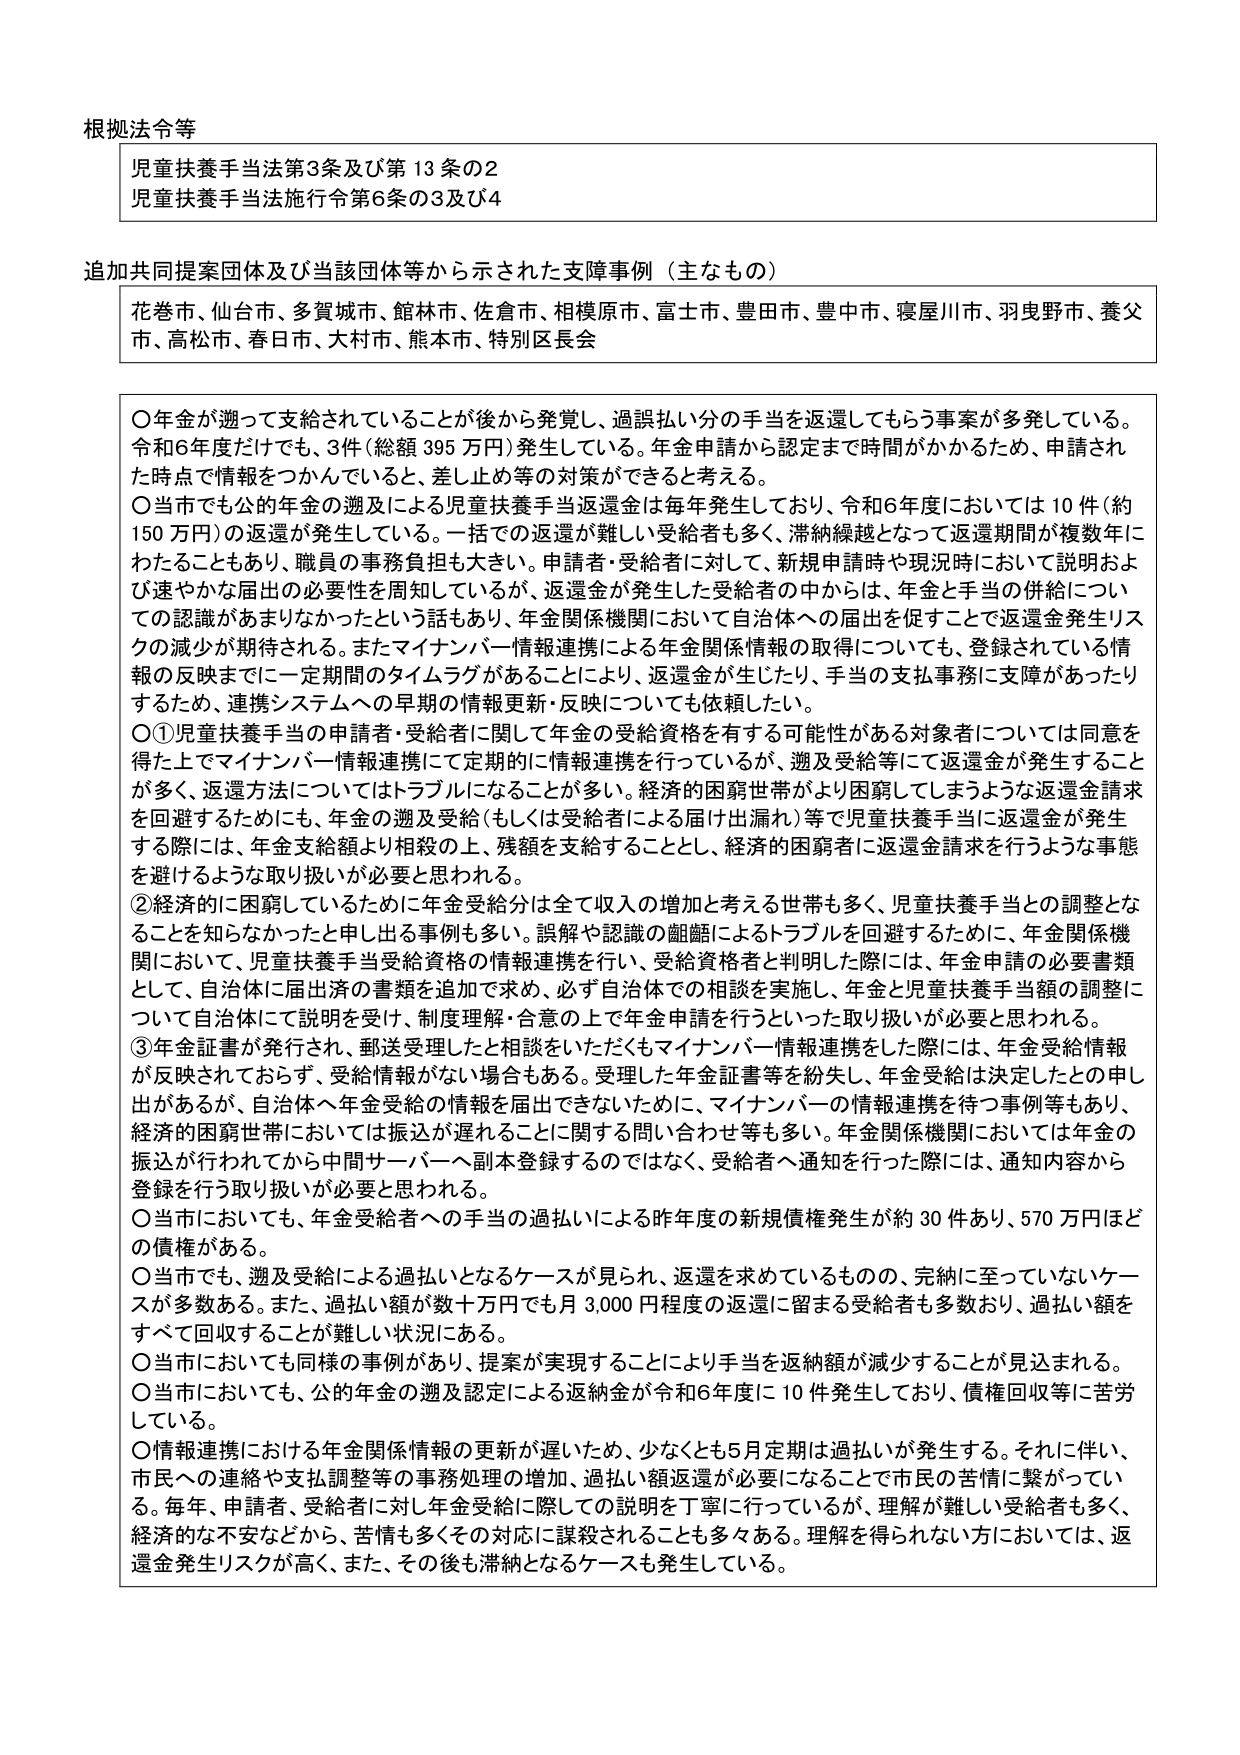
根拠法令等
児童扶養手当法第3条及び第13条の2
児童扶養手当法施行令第6条の3及び4

追加共同提案団体及び当該団体等から示された支援事例（主なもの）
花巻市、仙台市、多賀城市、館林市、佐倉市、相模原市、富士市、豊田市、豊中市、寝屋川市、羽曳野市、養父市、高松市、春日市、大村市、熊本市、特別区長会

○年金が遡って支給されていることが後から発覚し、過誤払い分の手当を返還してもらう事案が多発している。令和6年度だけでも、3件（総額395万円）発生している。年金申請から認定まで時間がかかるため、申請された時点で情報がつかんでいると、差し止め等の対策ができると考える。
○当市でも公的年金の遡及による児童扶養手当返還金は毎年発生しており、令和6年度においては10件（約150万円）の返還が発生している。一括での返還が難しい受給者も多く、滞納繰越となって返還期間が複数年にわたることもあり、職員の事務負担も大きい。申請者・受給者に対して、新規申請時や現況時において説明および速やかな届出の必要性を周知しているが、返還金が発生した受給者の中からは、年金と手当の併給についての認識があまりなかったという話もあり、年金関係機関において自治体への届出を促すことで返還金発生リスクの減少が期待される。またマイナンバー情報連携による年金関係情報の取得についても、登録されている情報の反映までに一定期間のタイムラグがあることにより、返還金が生じたり、手当の支払事務に支障があったりするため、連携システムへの早期の情報更新・反映についても依頼したい。
○①児童扶養手当の申請者・受給者に関して年金の受給資格を有する可能性がある対象者については同意を得た上でマイナンバー情報連携にて定期的に情報連携を行っているが、遡及受給等にて返還金が発生することが多く、返還方法についてはトラブルになることが多い。経済的困窮世帯がより困窮してしまうような返還金請求を回避するためにも、年金の遡及受給（もしくは受給者による届け出漏れ）等で児童扶養手当に返還金が発生する際には、年金支給額より相殺の上、残額を支給することとし、経済的困窮者に返還金請求を行うような事態を避けるような取り扱いが必要と思われる。
②経済的に困窮しているために年金受給分は全て収入の増加と考える世帯も多く、児童扶養手当との調整となることを知らなかったと申し出る事例も多い。誤解や認識の齟齬によるトラブルを回避するために、年金関係機関において、児童扶養手当受給資格の情報連携を行い、受給資格者と判明した際には、年金申請の必要書類として、自治体に届出済の書類を追加で求め、必ず自治体での相談を実施し、年金と児童扶養手当額の調整について自治体にて説明を受け、制度理解・合意の上で年金申請を行うといった取り扱いが必要と思われる。
③年金証書が発行され、郵送受理したと相談をいただいたがマイナンバー情報連携をした際には、年金受給情報が反映されておらず、受給情報がない場合もある。受理した年金証書等を紛失し、年金受給は決定したとの申し出があるが、自治体へ年金受給の情報を届出できないために、マイナンバーの情報連携を待つ事例等もあり、経済的困窮世帯においては振込が遅れることに関する問い合わせ等も多い。年金関係機関においては年金の振込が行われてから中間サーバーへ副本登録するのではなく、受給者へ通知を行った際には、通知内容から登録を行う取り扱いが必要と思われる。
○当市においても、年金受給者への手当の過払いによる昨年度の新規債権発生が約30件あり、570万円ほどの債権がある。
○当市でも、遡及受給による過払いとなるケースが見られ、返還を求めているものの、完納に至っていないケースが多数ある。また、過払い額が数十万円でも月3,000円程度の返還に留まる受給者も多数おり、過払い額をすべて回収することが難しい状況にある。
○当市においても同様の事例があり、提案が実現することにより手当を返納額が減少することが見込まれる。
○当市においても、公的年金の遡及認定による返納金が令和6年度に10件発生しており、債権回収等に苦労している。
○情報連携における年金関係情報の更新が遅いため、少なくとも5月定期は過払いが発生する。それに伴い、市民への連絡や支払調整等の事務処理の増加、過払い額返還が必要になることで市民の苦情に繋がっている。毎年、申請者、受給者に対して年金受給に際しての説明を丁寧に行っているが、理解が難しい受給者も多く、経済的な不安などから、苦情も多くその対応に謀殺されることも多々ある。理解を得られない方においては、返還金発生リスクが高く、また、その後も滞納となるケースも発生している。